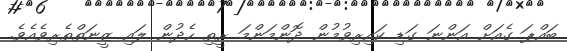
ބައްޕަ ގެއަށް އަންނަ ގަޑި ކައިރިވުމުން ދޮންމަންމަ ރީތި ހެދުން ލައި ޒީނަތްތެރިވެއެވެ.